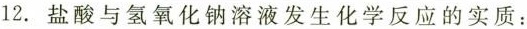
12.盐酸与氢氧化钠溶液发生化学反应的实质：